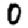
Digit: 0